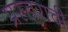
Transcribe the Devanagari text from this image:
प्रस्तराची